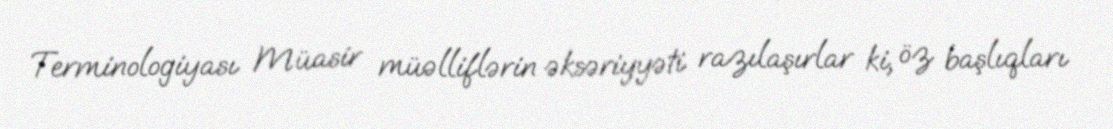
Terminologiyası Müasir müəlliflərin əksəriyyəti razılaşırlar ki, öz başlıqları